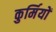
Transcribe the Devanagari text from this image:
कुर्मियों